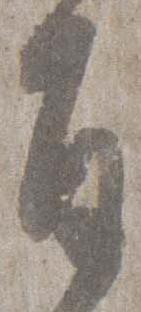
旨